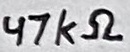
Text: 47kΩ